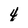
Character: 4